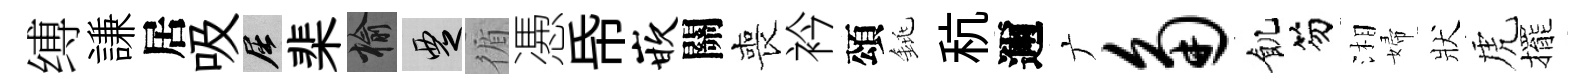
缚謙居吸屈棐榆覂循慿帋嵌關喪衿頌銚秔邇广角飢笏湘婦狀虎擺